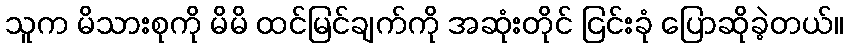
သူက မိသားစုကို မိမိ ထင်မြင်ချက်ကို အဆုံးတိုင် ငြင်းခုံ ပြောဆိုခဲ့တယ်။